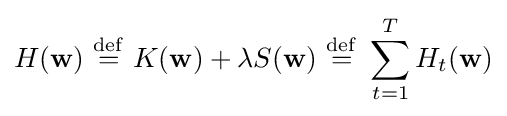
H(\mathbf {w} )\ {\stackrel {\mathrm {def} }{=}}\ K(\mathbf {w} )+\lambda S(\mathbf {w} )\ {\stackrel {\mathrm {def} }{=}}\ \sum _{t=1}^{T}H_{t}(\mathbf {w} )